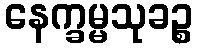
နေက္ခမ္မသုခဉ္စ